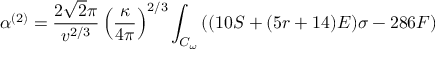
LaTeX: \alpha ^ { ( 2 ) } = \frac { 2 \sqrt { 2 } \pi } { v ^ { 2 / 3 } } \left( \frac { \kappa } { 4 \pi } \right) ^ { 2 / 3 } \int _ { { \cal { C } } _ { \omega } } { ( ( 1 0 S + ( 5 r + 1 4 ) { \cal { E } } ) \sigma - 2 8 6 F ) }